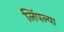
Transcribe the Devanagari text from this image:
लिंपल्या